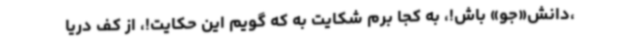
،دانش«جو» ‌باش!، به کجا برم شکایت به که گویم این حکایت!، از کف دریا